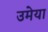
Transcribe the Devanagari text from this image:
उमेया